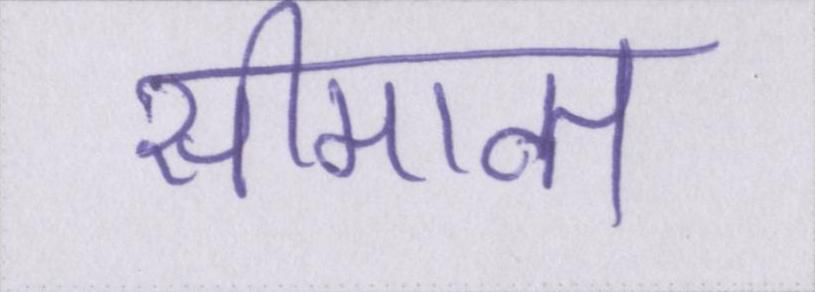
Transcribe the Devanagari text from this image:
सीमान्त